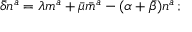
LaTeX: { \bar { \delta } } n ^ { a } = \lambda m ^ { a } + { \bar { \mu } } { \bar { m } } ^ { a } - ( \alpha + { \bar { \beta } } ) n ^ { a } \, ;